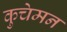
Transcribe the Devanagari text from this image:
कुचेमन